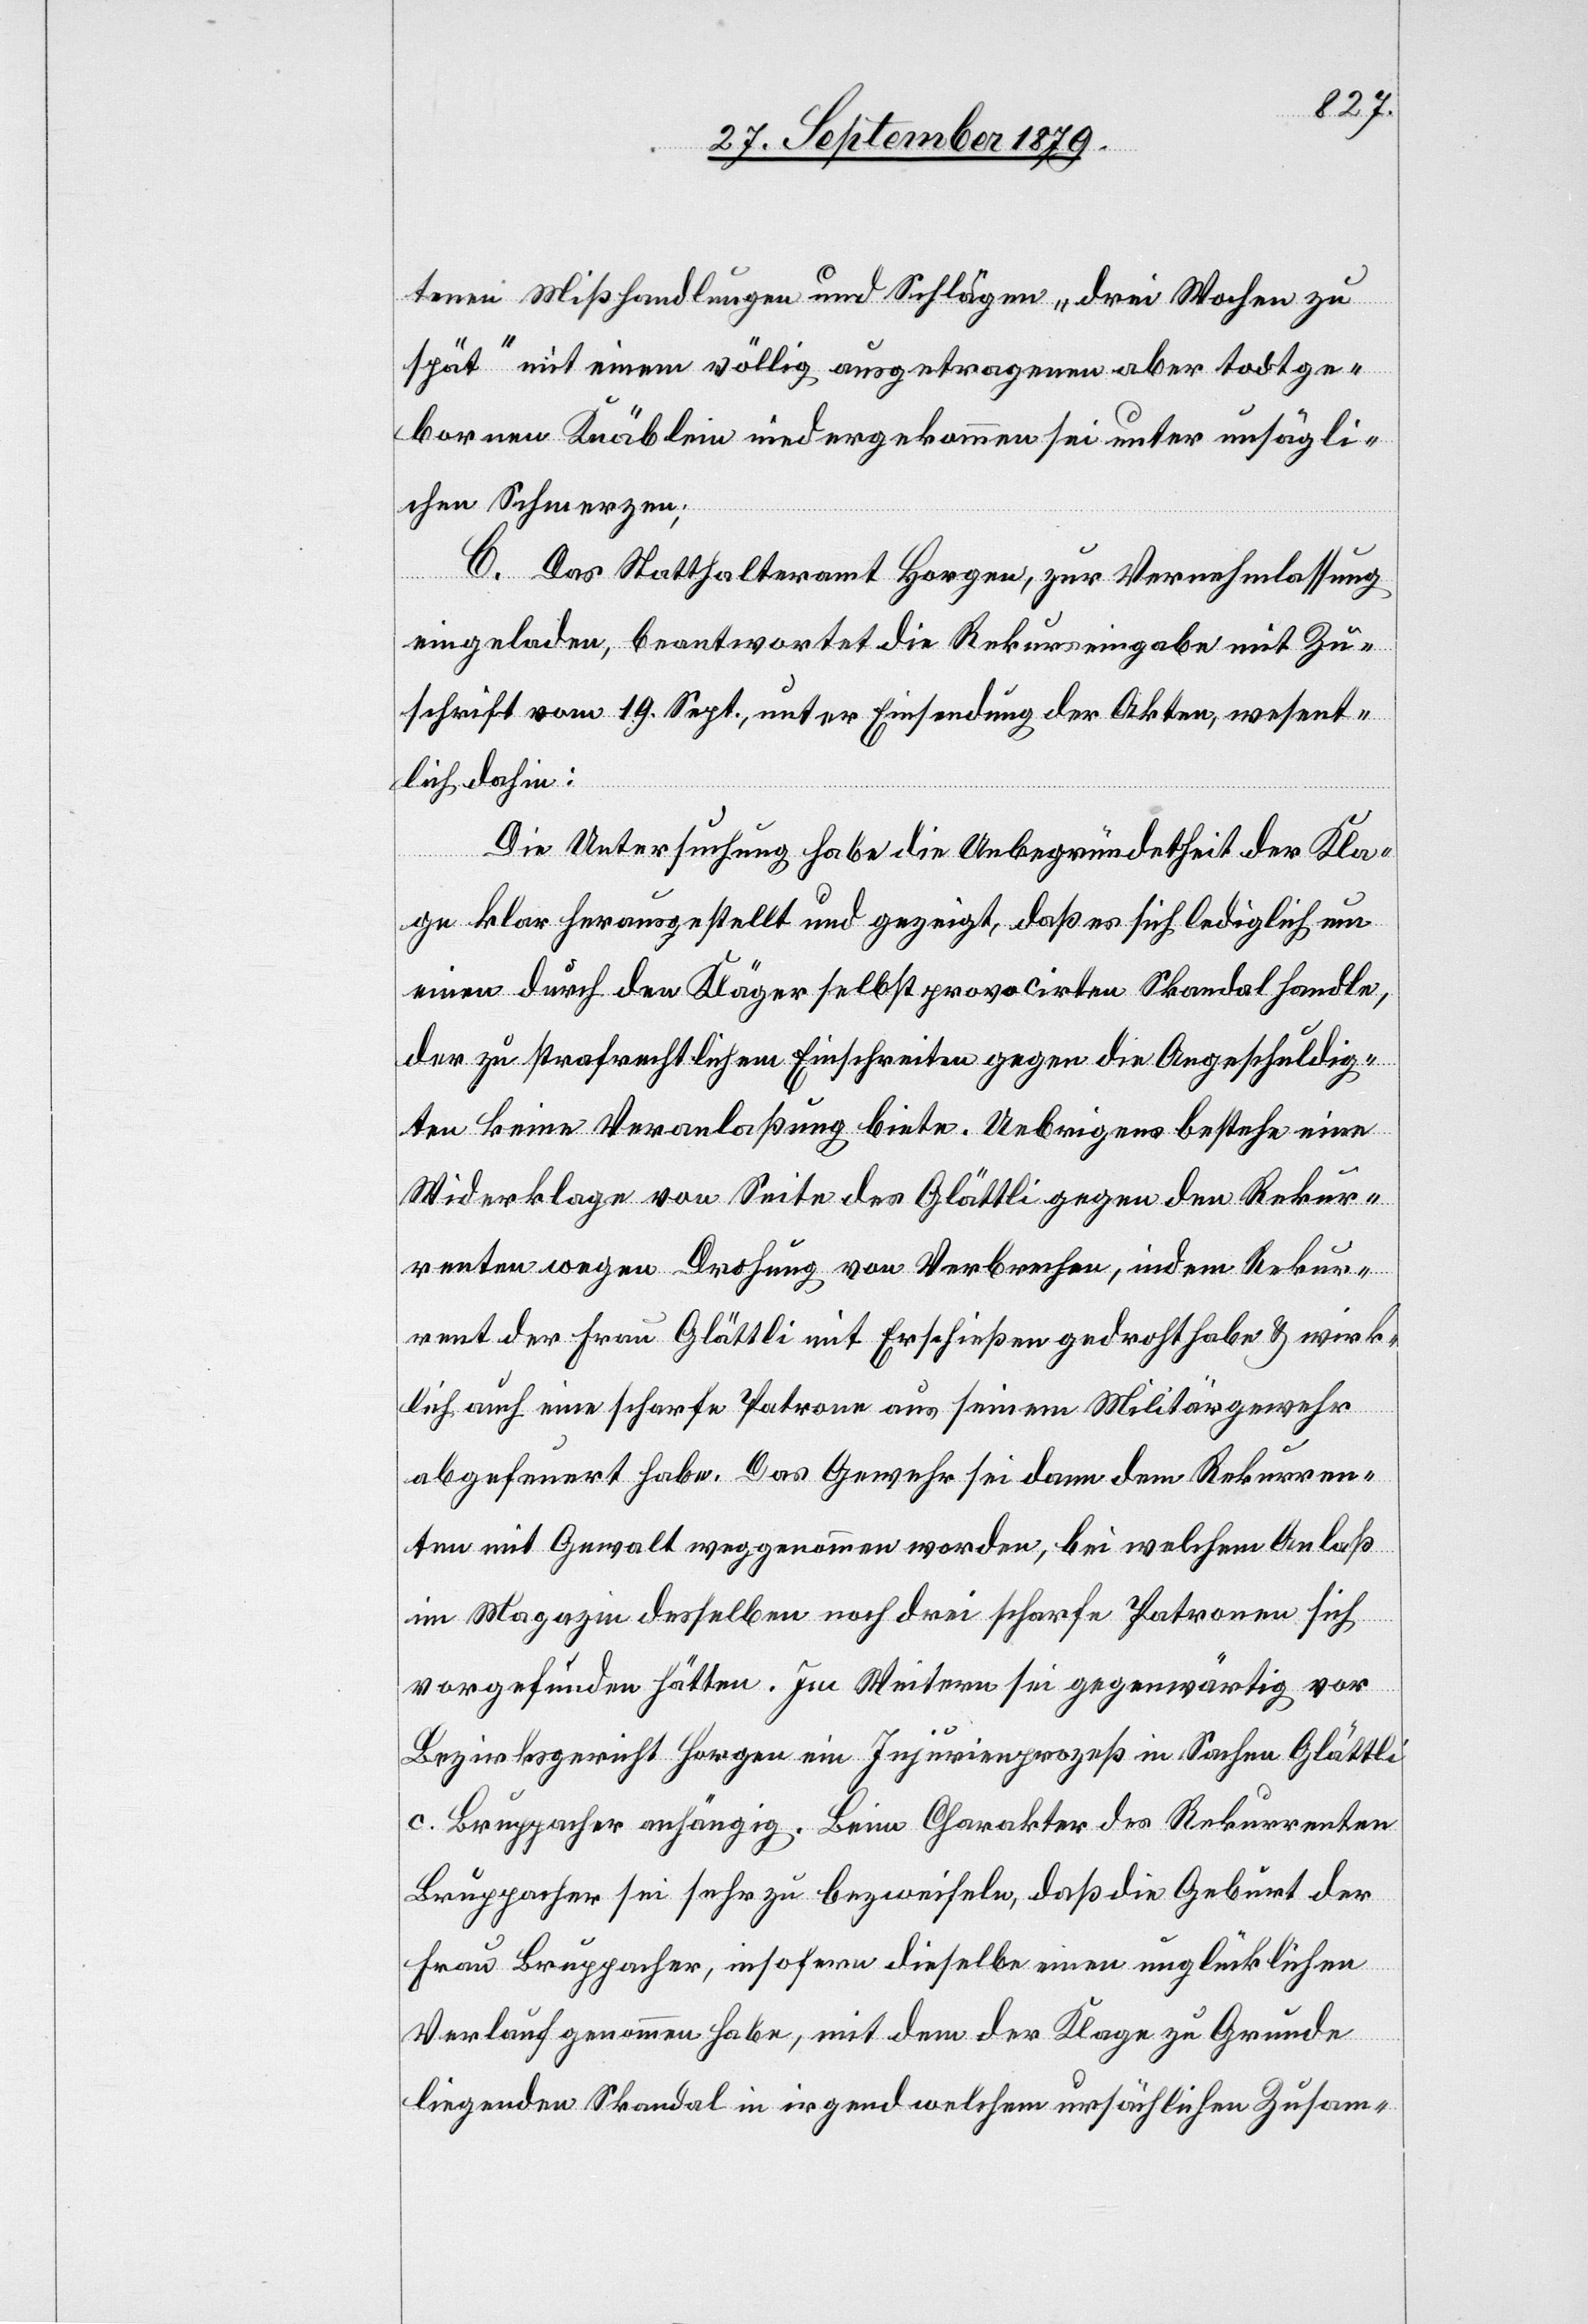
tenen Misshandlungen und Schlägen „drei Wochen zu
spät“ mit einem völlig ausgetragenen aber todtge¬
borenen Knäblein niedergekommen sei unter unsägli¬
chen Schmerzen.
C. Das Statthalteramt Horgen, zur Vernehmlassung
eingeladen, beantwortet die Rekurseingabe mit Zu¬
schrift vom 19. Sept., unter Einsendung der Akten, wesent¬
lich dahin:
Die Untersuchung habe die Unbegründetheit der Kla¬
ge klar herausgestellt und gezeigt, daß es sich lediglich um
einen durch den Kläger selbst provocirten Skandal handle,
der zu strafrechtlichen Einschreiten gegen die Angeschuldig¬
ten keine Veranlaßung biete. Uebrigens bestehe eine
Widerklage von Seite des Glättli gegen den Rekur¬
renten wegen Drohung von Verbrechen, indem Rekur¬
rent der Frau Glättli mit Erschießen gedroht habe & wirk¬
lich auch eine scharfe Patrone aus seinem Militärgewehr
abgefeuert habe. Das Gewehr sei dann dem Rekurren¬
ten mit Gewalt weggenommen worden, bei welchem Anlaß
im Magazin desselben noch drei scharfe Patronen sich
vorgefunden hätten. Im Weitern sei gegenwärtig vor
Bezirksgericht Horgen ein Injurienprozeß in Sachen Glättli
c. Bruppacher anhängig. Beim Charakter des Rekurrenten
Bruppacher sei sehr zu bezweifeln, daß die Geburt der
Frau Bruppacher, insofern dieselbe einen unglücklichen
Verlauf genommen habe, mit dem der Klage zu Grunde
liegenden Skandal in irgendwelchem ursächlichen Zusam-